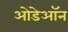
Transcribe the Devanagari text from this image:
ओडेऑन